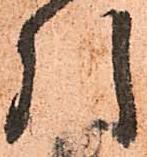
引